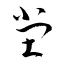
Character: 堂